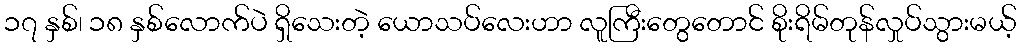
၁၇ နှစ်၊ ၁၈ နှစ်လောက်ပဲ ရှိသေးတဲ့ ယောသပ်လေးဟာ လူကြီးတွေတောင် စိုးရိမ်တုန်လှုပ်သွားမယ့်